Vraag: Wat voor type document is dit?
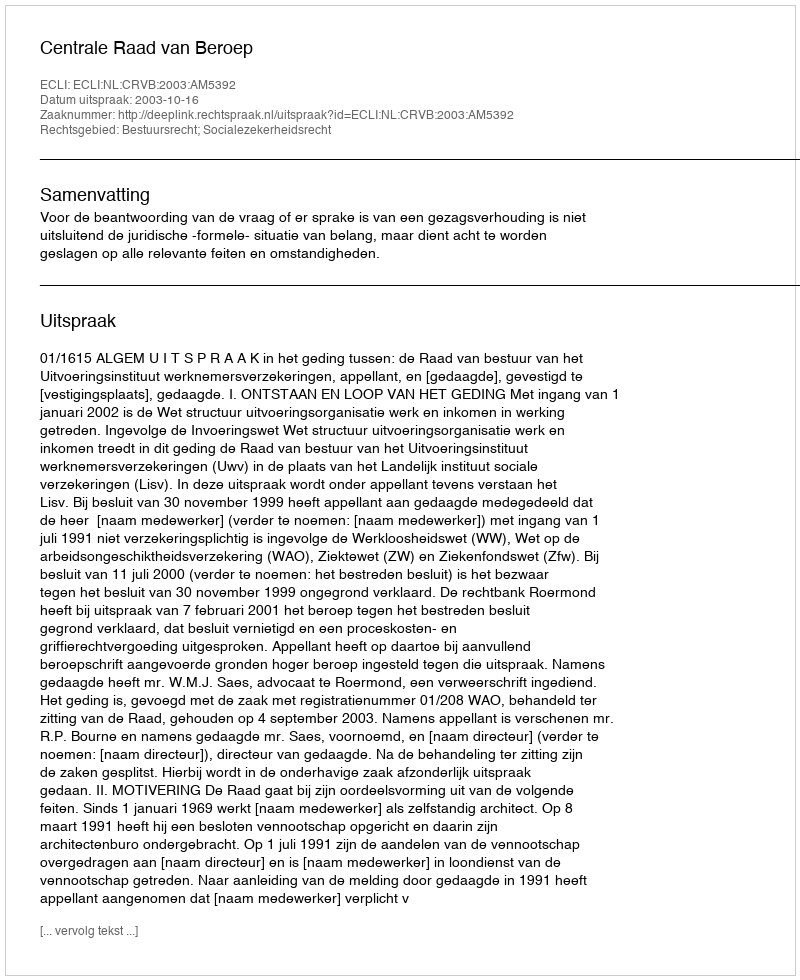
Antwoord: Uitspraak